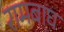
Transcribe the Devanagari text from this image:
रामबाघ